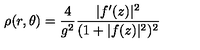
\rho ( r , \theta ) = \frac 4 { g ^ { 2 } } \frac { | f ^ { \prime } ( z ) | ^ { 2 } } { ( 1 + | f ( z ) | ^ { 2 } ) ^ { 2 } }